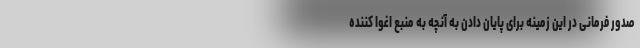
صدور فرمانی در این زمینه برای پایان دادن به آنچه به منبع اغوا کننده